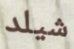
شيلد